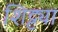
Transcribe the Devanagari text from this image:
शिट्ट्या